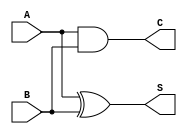
module carry_lookahead_half_adder (
    input wire A,      // Single-bit input A
    input wire B,      // Single-bit input B
    output wire S,     // Sum output
    output wire C      // Carry output
);

    // Sum output is calculated using XOR
    assign S = A ^ B;  // S = A  B

    // Carry output is calculated using AND
    assign C = A & B;  // C = A  B

endmodule